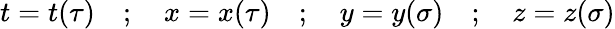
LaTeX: t=t(\tau)\quad;\quad x=x(\tau)\quad;\quad y=y(\sigma)\quad;\quad z=z(\sigma)